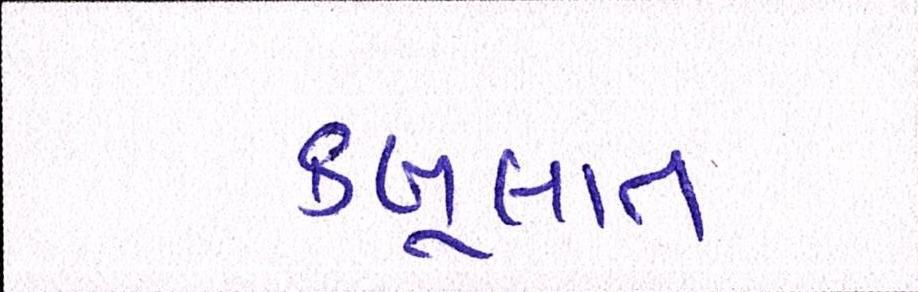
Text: કબૂલાત